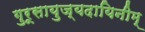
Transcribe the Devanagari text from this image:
गुरूसायुज्यदायिनीम्